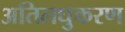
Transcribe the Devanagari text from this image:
अतिलघुकरण